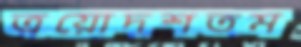
ত্রয়োদশতম